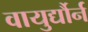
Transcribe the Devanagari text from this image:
वायुर्द्यौर्न